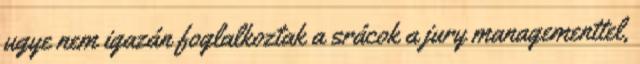
ugye nem igazán foglalkoztak a srácok a jury managementtel,